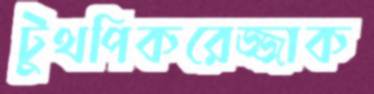
টুথপিকরেজ্জাক